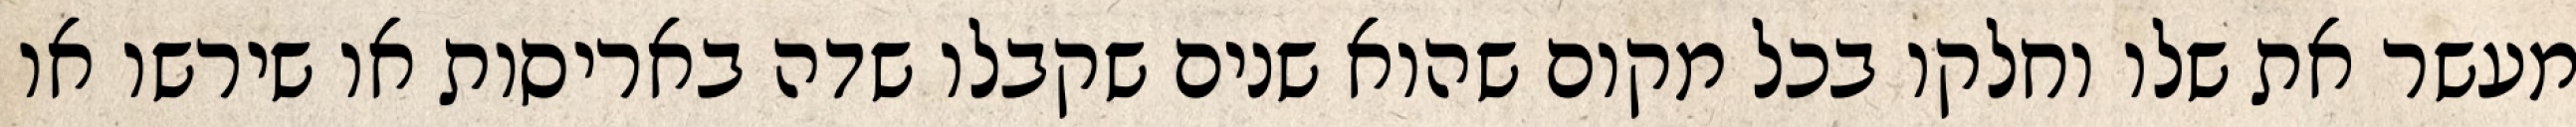
מעשר את שלו וחלקו בכל מקום שהוא שנים שקבלו שדה באריסות או שירשו או